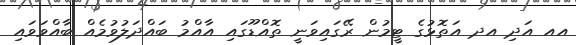
އއ އަދި އދ އަތޮޅުގެ ޓީމުން ރޭގައިވަނީ ތޮއްޑޫގައި އާއްމު ބައްދަލުވުމެއް ބާއްވަވައި